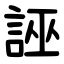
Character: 誣